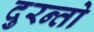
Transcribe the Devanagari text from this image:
दुरन्तो